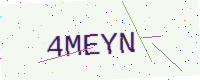
Text: 4MEYN